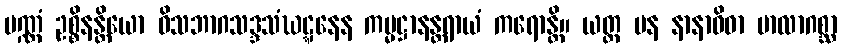
ပဏ္ဏံ ဥစ္စိနန္တိယော ဝိသဘာဂသဒ္ဒသံဃဋ္ဋနေန ကမ္မဋ္ဌာနန္တရာယံ ကရောန္တိ။ ယတ္ထ ပန နာနာဝိဓာ မာလာဂစ္ဆာ